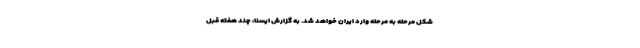
شکل مرحله به مرحله وارد ایران خواهد شد. به گزارش ایسنا، چند هفته قبل